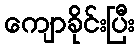
ကျောခိုင်းပြီး